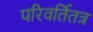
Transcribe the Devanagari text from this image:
परिवर्तितत्र